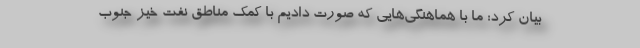
بیان کرد: ما با هماهنگی‌هایی که صورت دادیم با کمک مناطق نفت خیز جنوب